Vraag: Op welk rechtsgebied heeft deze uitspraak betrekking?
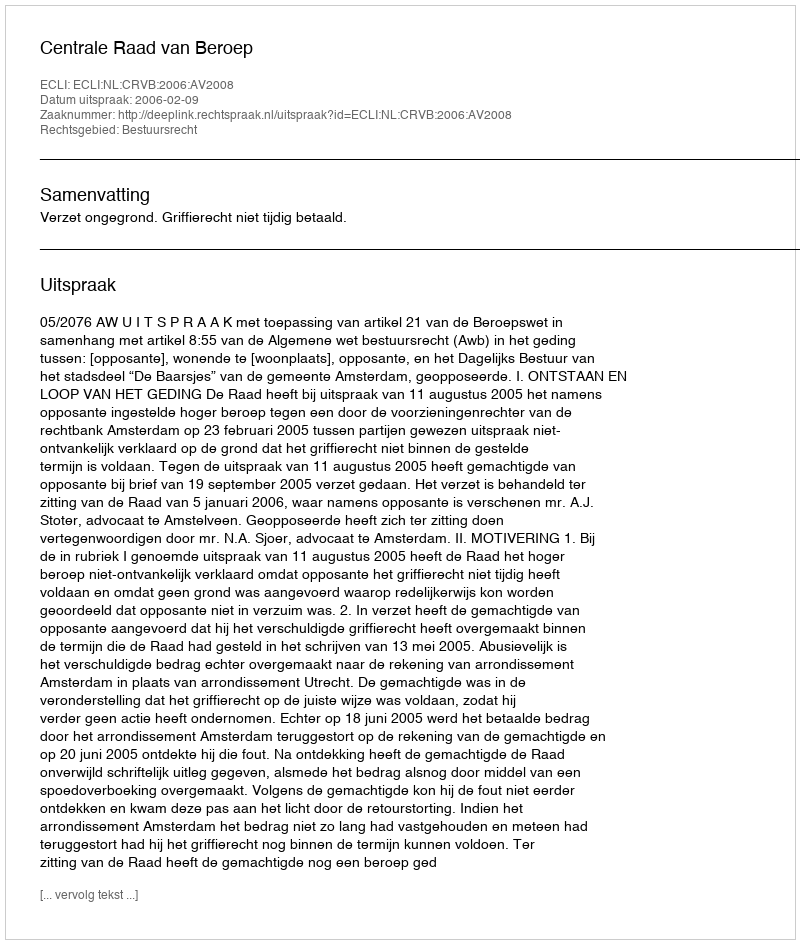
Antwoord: Bestuursrecht